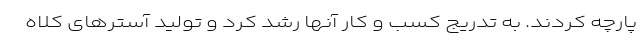
پارچه کردند. به تدریج کسب و کار آنها رشد کرد و تولید آسترهای کلاه